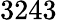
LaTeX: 3243